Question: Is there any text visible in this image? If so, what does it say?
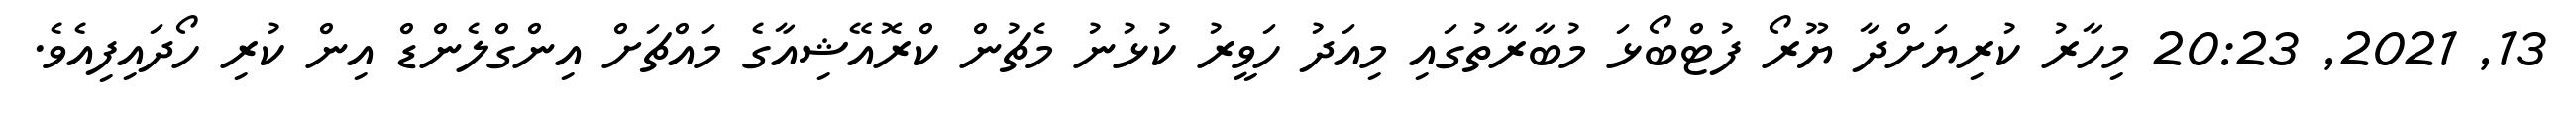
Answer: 13, 2021, 20:23 މިހާރު ކުރިޔަށްދާ ޔޫރޯ ފުޓްބޯޅަ މުބާރާތުގައި މިއަދު ހަވީރު ކުޅުނު މެޗުން ކްރޮއޭޝިއާގެ މައްޗަށް އިންގްލެންޑް އިން ކުރި ހޯދައިފިއެވެ.